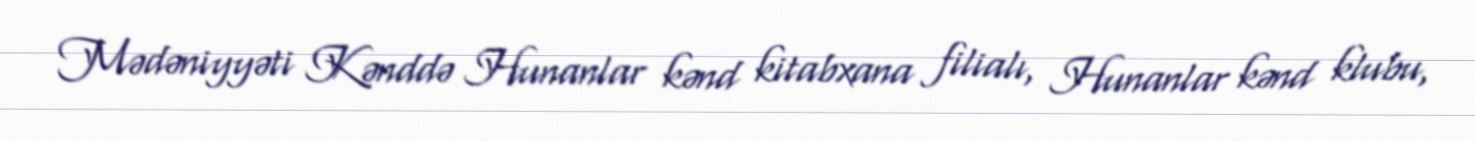
Mədəniyyəti Kənddə Hunanlar kənd kitabxana filialı, Hunanlar kənd klubu,